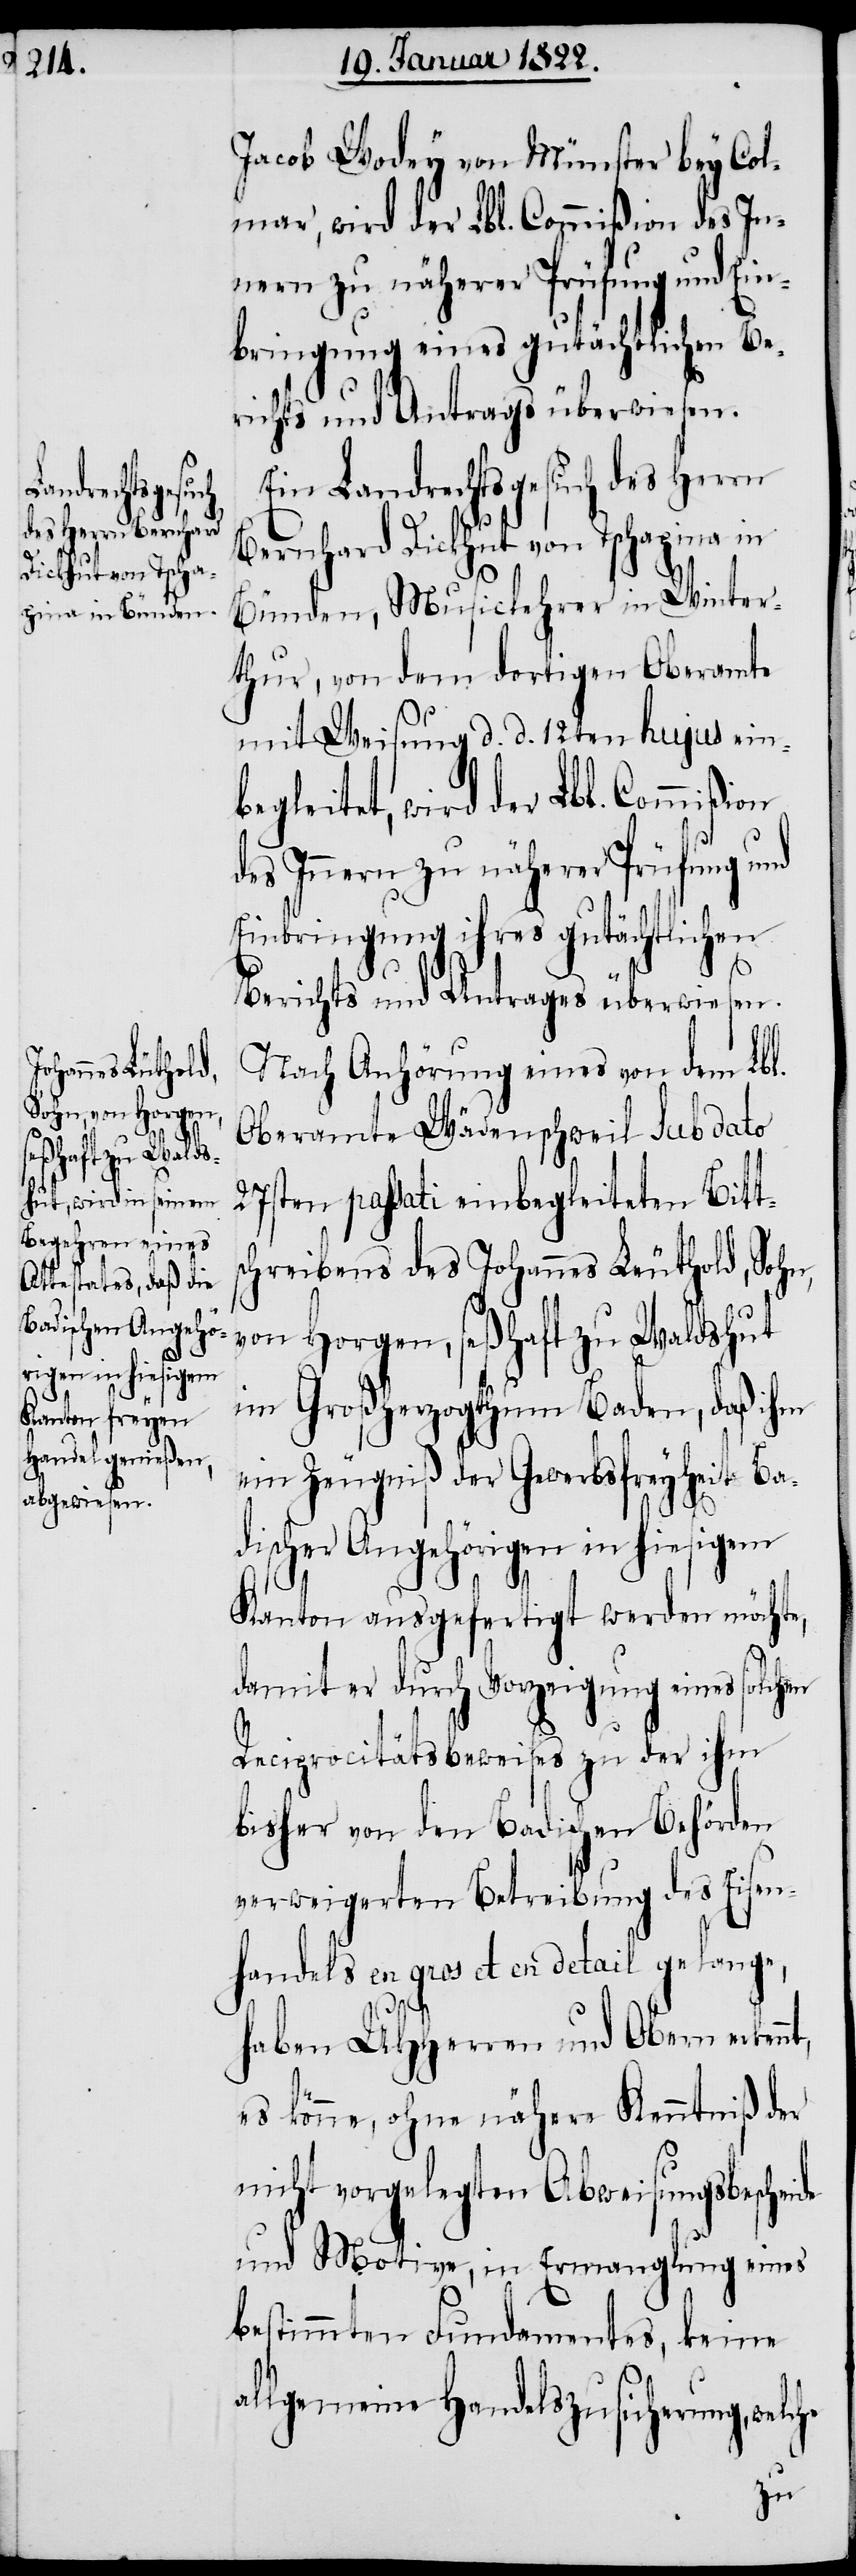
andrechtsgesuch
des Herrn Bernhard
Dickhut von Tscha¬

pina
Jacob Wodey von Münster bey Col¬
mar, wird der Lbl. Commißion des In¬
nern zu näherer Prüfung und Ein¬
bringung eines gutächtlichen Be¬
richts und Antrags überwiesen.
Bünden, Musiclehrer in Winter¬
thur, von dem dortigen Oberamte
mit Weisung d. d. 12ten hujus einb¬
egleitet, wird der Lbl. Commißion
des Innern zu näherer Prüfung und
Einbringung ihres gutächtlichen
Berichts und Antrages überwiesen.
Nach Anhörung eines von dem Lbl.
Oberamte Wädenschweil sub dato
27sten passati einbegleiteten Bitts¬
chreibens des Johannes Leuthold [sic!],
von Horgen, seßhaft zu Waldshut
im Großherzogthum Baden, daß ihm
ein Zeugniß der Gewerbsfreyheit Ba¬
discher Angehörigen in hiesigem
Kanton ausgefertigt werden möchte,
damit er durch Vorzeigung eines solchen
Reciprocitätsbeweises zu der ihm
bisher von den Badischen Behörden
verweigerten Betreibung des Eisen¬
handels en gros et en detail gelange,
haben UHHerren und Obern erkennt,
es könne, ohne nähere Kenntniß der
nicht vorgelegten Abweisungsbescheide
und Motive, in Ermangelung eines
bestimmten Fundamentes, keine
allgemeine Handelszusicherung, welche
L¬